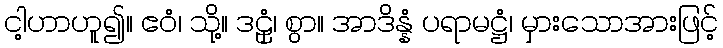
ငါ့ဟာဟူ၍။ ဧဝံ၊ သို့။ ဒဠှံ၊ စွာ။ အာဒိန္နံ ပရာမဋ္ဌံ၊ မှားသောအားဖြင့်